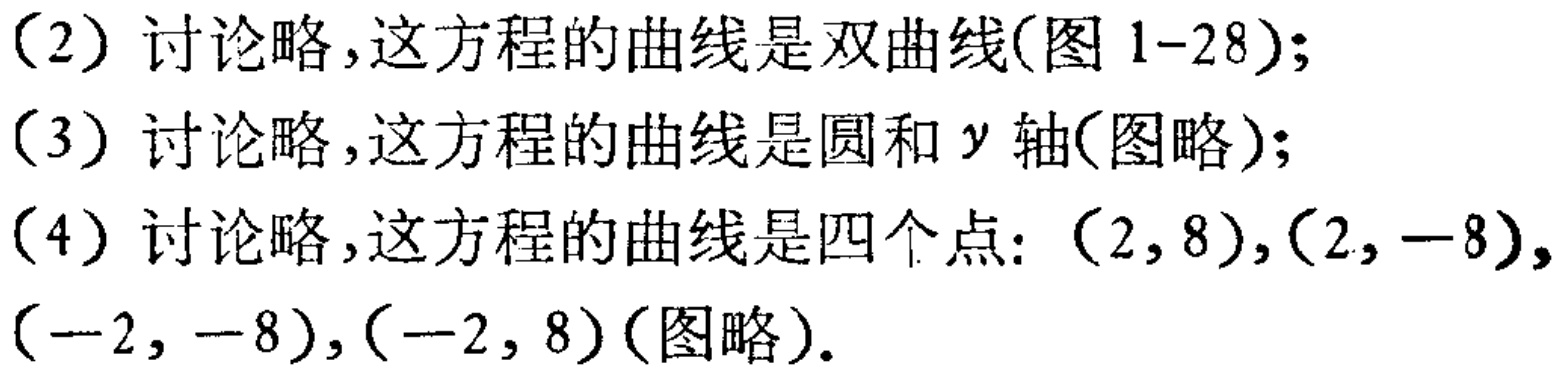
（2）讨论略,这方程的曲线是双曲线(图 1-28);
（3）讨论略,这方程的曲线是圆和 \(y\) 轴(图略);
（4）讨论略,这方程的曲线是四个点: \((2,8),(2, - 8),(-2, - 8),(-2,8)\)(图略).